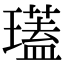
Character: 瓂